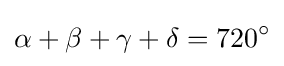
\alpha +\beta +\gamma +\delta =720^{\circ }